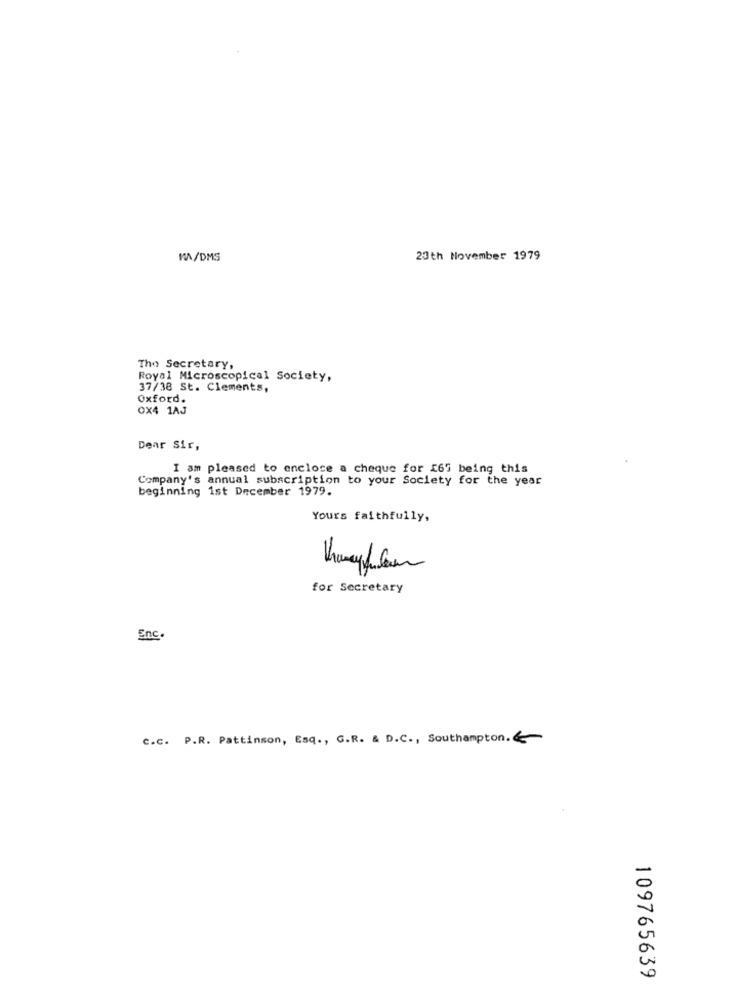
MA/DMS
23th November 1979
The Secretary,
Royal Microscopical Society,
37/38 St. Clements,
Oxford.
OX4 1AJ
Dear Sir,
I am pleased to enclose a cheque for [65 being this
Company's annual subscription to your Society for the year
beginning 1st December 1979.
Yours faithfully,
for Secretary
Enc.
c.c. P.R. Pattinson, Esq ., G.R. & D.C ., Southampton. €-
109765639